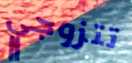
تتزوجي